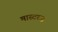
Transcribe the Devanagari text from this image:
मास्टरज़